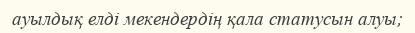
ауылдық елді мекендердің қала статусын алуы;